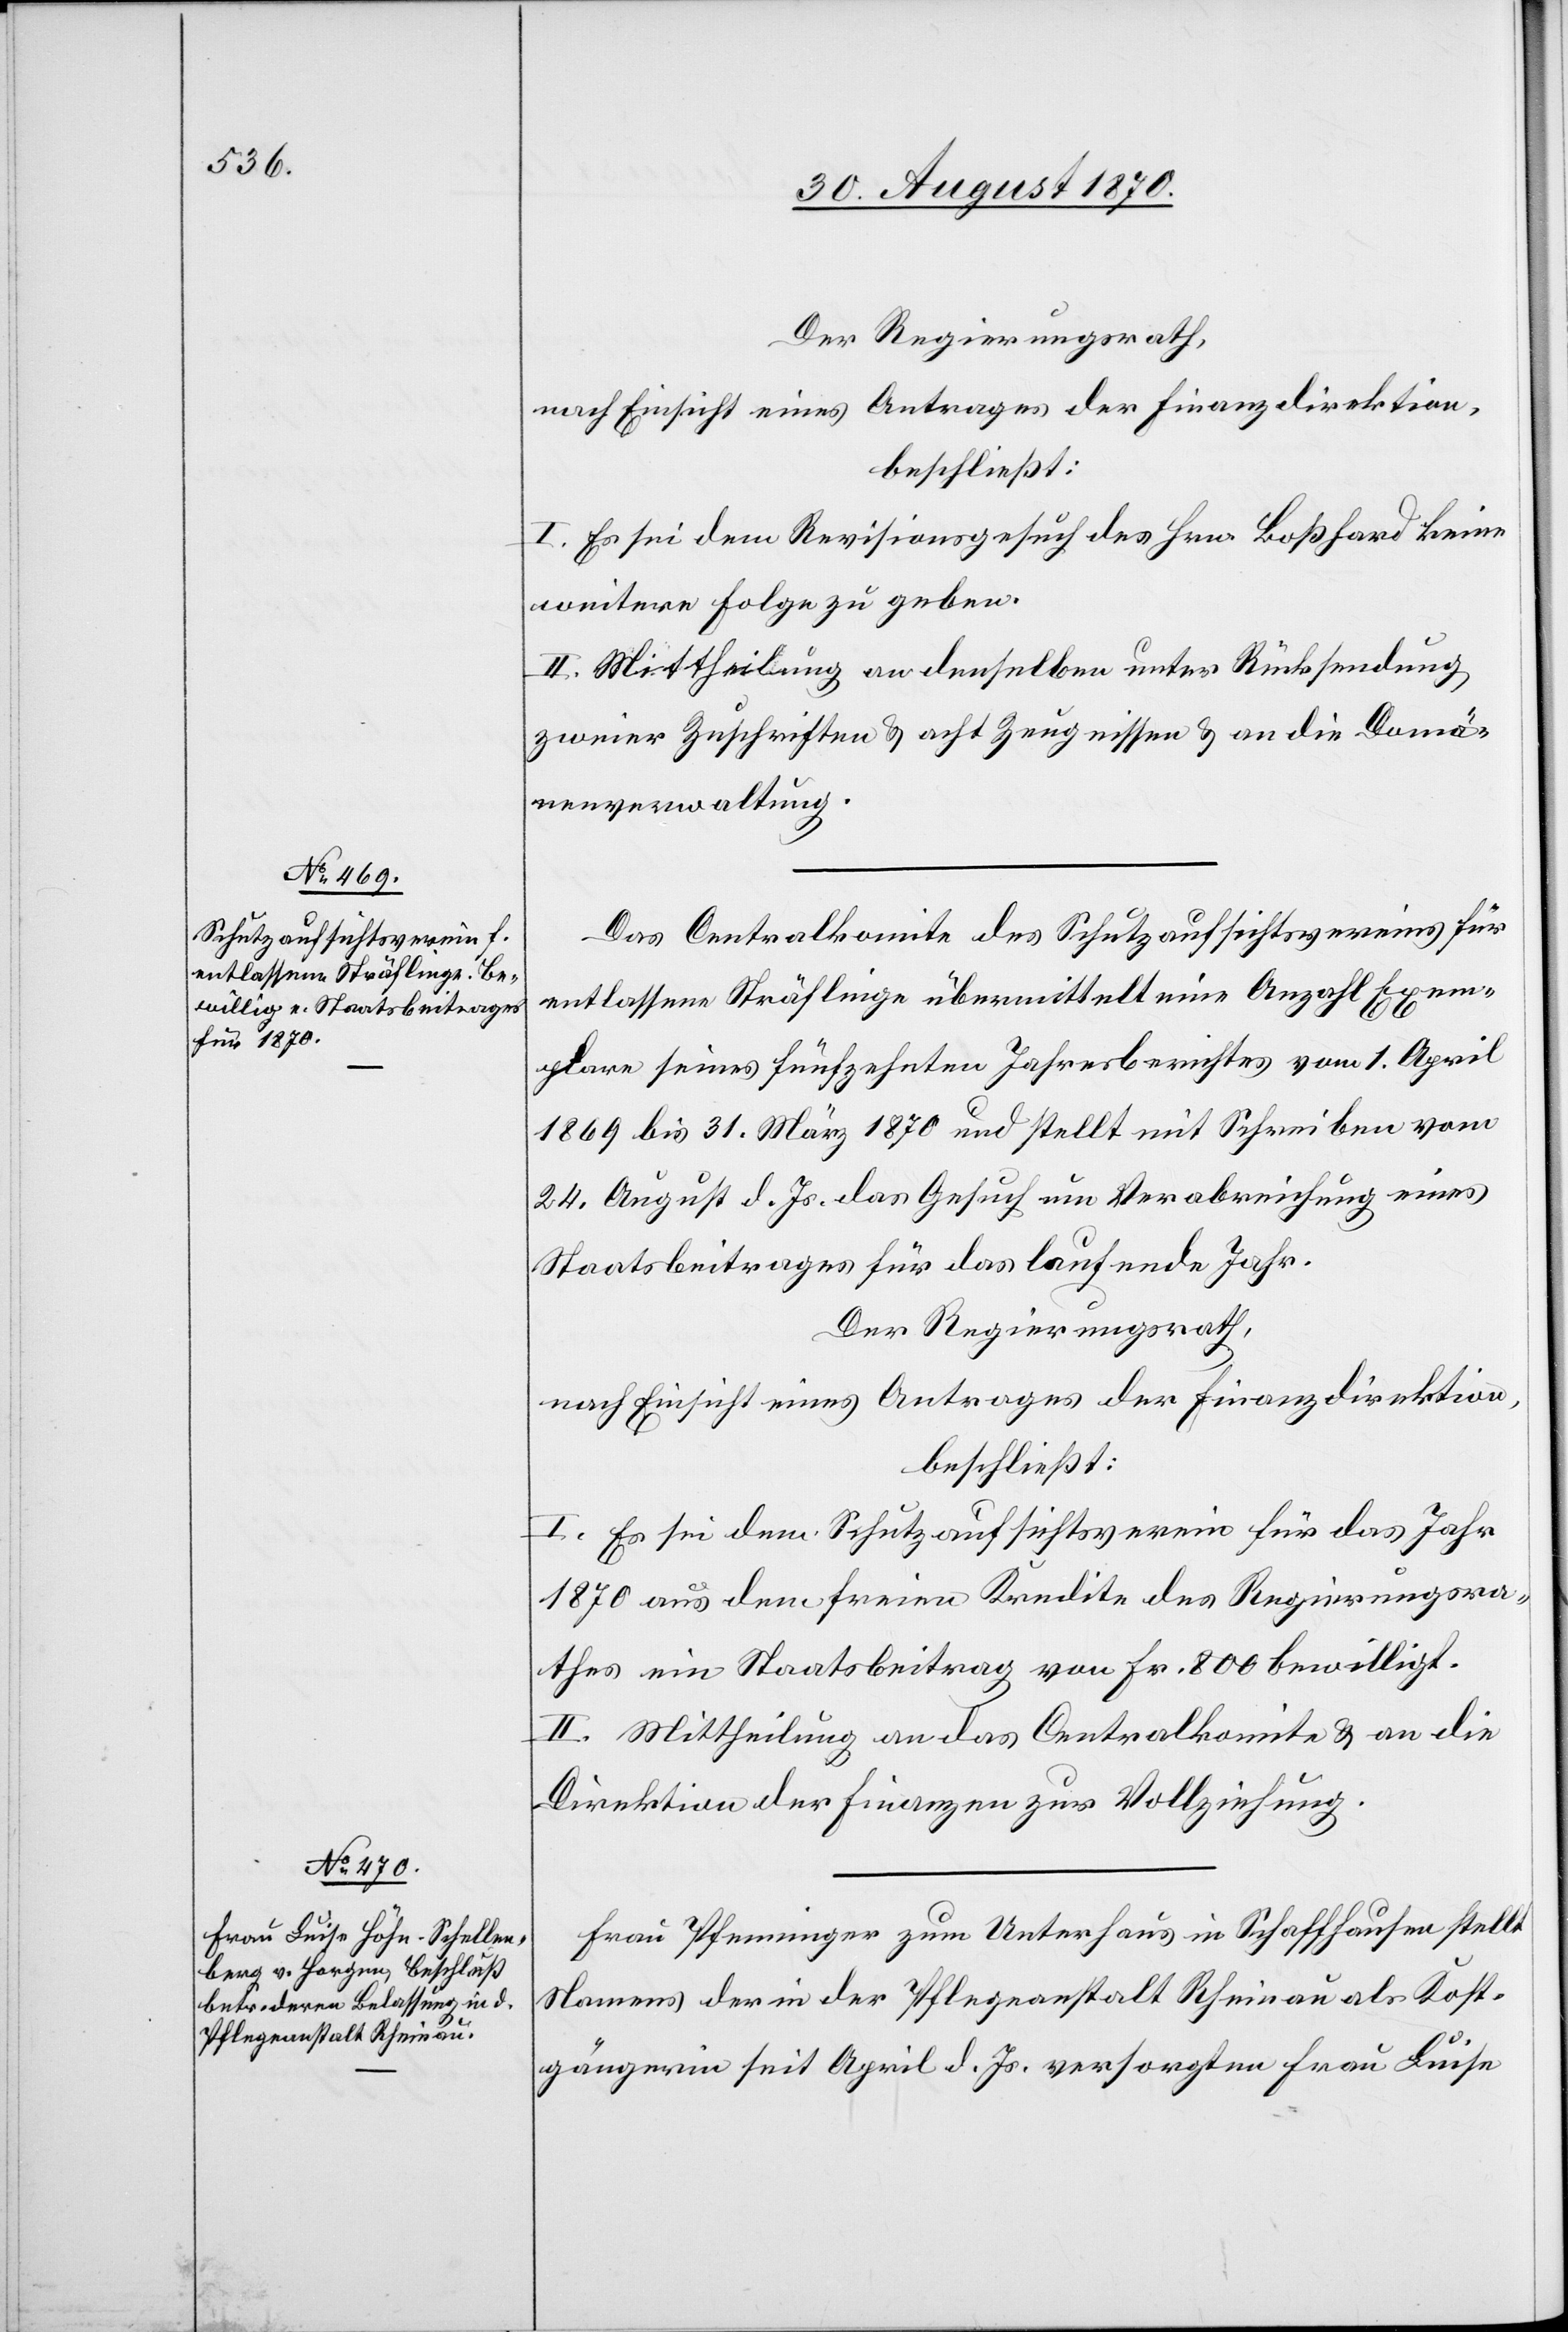
Der Regierungsrath,
nach Einsicht eines Antrages der Finanzdirektion,
beschließt:
I. Es sei dem Revisionsgesuch des Hrn. Boßhard keine
weitere Folge zu geben.
II. Mittheilung an denselben unter Rücksendung
zweier Zuschriften & acht Zeugnissen & an die Domä¬
nenverwaltung.
Das Centralkomite des Schutzaufsichtsvereins für
entlassene Sträflinge übermittelt eine Anzahl Exem¬
plare seines fünfzehnten Jahresberichtes vom 1. April
1869 bis 31. März 1870 und stellt mit Schreiben vom
24. August d. Js. das Gesuch um Verabreichung eines
Staatsbeitrages für das laufende Jahr.
Der Regierungsrath,
nach Einsicht eines Antrages der Finanzdirektion,
beschließt:
I. Es sei dem Schutzaufsichtsverein für das Jahr
1870 aus dem freien Kredite des Regierungsra¬
thes ein Staatsbeitrag von Fr. 800 bewilligt.
II. Mittheilung an das Centralkomite & an die
Direktion der Finanzen zur Vollziehung.
Frau Pfenninger zum Unterhaus in Schaffhausen stellt
Namens der in der Pflegeanstalt Rheinau als Kost¬
gängerin seit April d. Js. versorgten Frau Luise